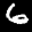
Digit: 6